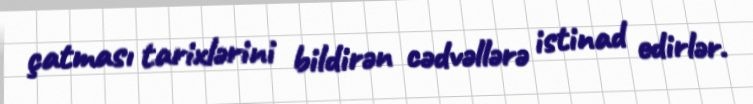
çatması tarixlərini bildirən cədvəllərə istinad edirlər.